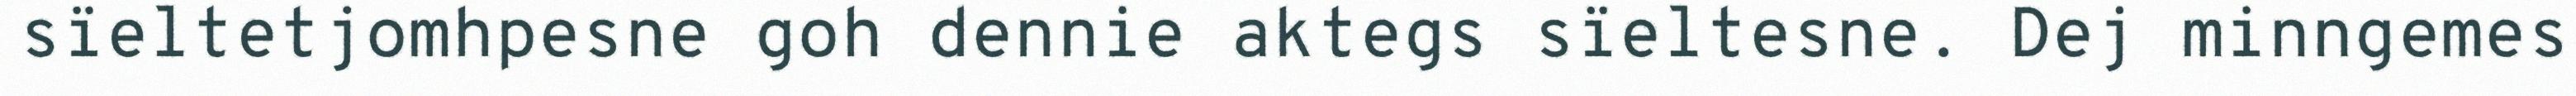
sïeltetjomhpesne goh dennie aktegs sïeltesne. Dej minngemes